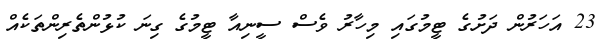
23 އަހަރުން ދަށުގެ ޓީމުގައި މިހާރު ވެސް ސީނިއާ ޓީމުގެ ގިނަ ކުޅުންތެރިންތަކެއް